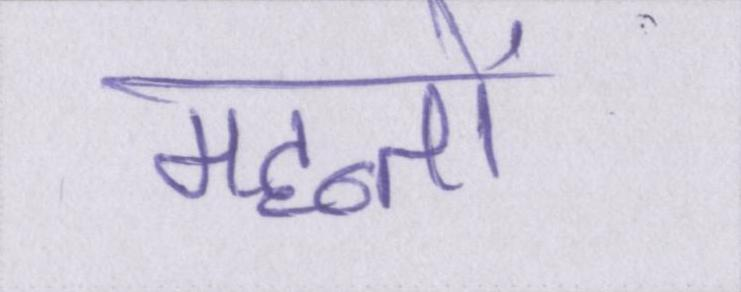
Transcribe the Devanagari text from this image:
महन्तों